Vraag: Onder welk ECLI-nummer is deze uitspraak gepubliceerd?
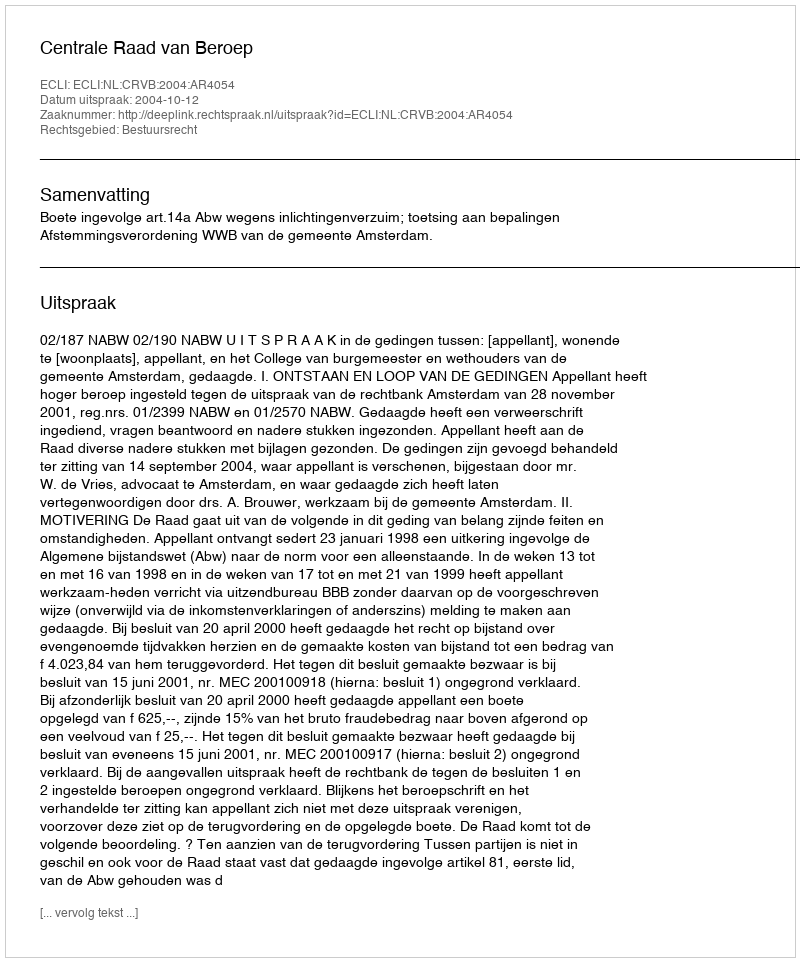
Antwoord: ECLI:NL:CRVB:2004:AR4054